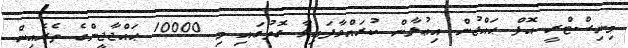
މިނިސްޓްރީ އޮފް ޙައްޖުން އިޢުލާން ކުރައްވާފައިވާ ގޮތުގައި މި 10000 ޙައްޖާޖީންގެ ތެރެއިން